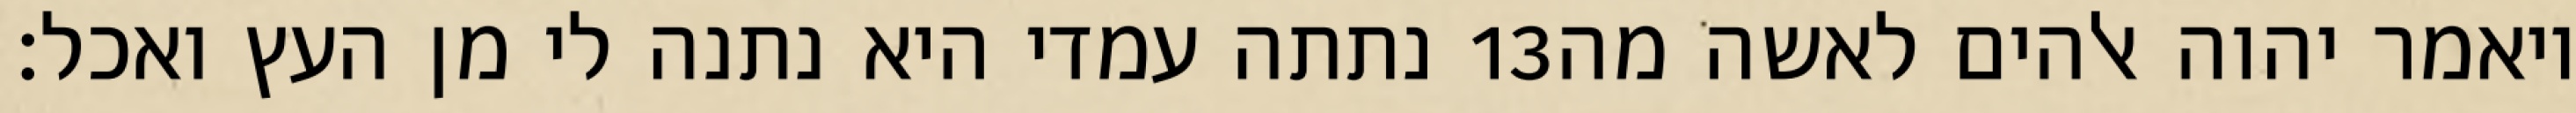
נתתה עמדי היא נתנה לי מן העץ ואכל׃ ‎13‏ ויאמר יהוה אלהים לאשה מה